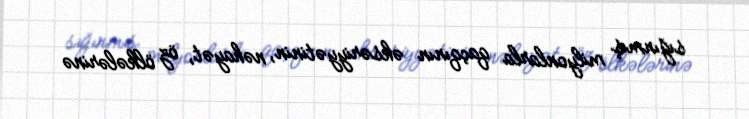
sığınmış milyonlarla qaçqının əksəriyyətinin, nəhayət, öz ölkələrinə